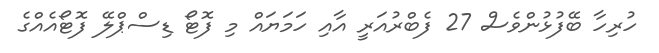
ހުރިހާ ބޭފުޅުންވެސް 27 ފެބްރުއަރީ އާއި ހަމަޔައް މި ފޮޓޯ ޑިސްޕްލޭ ފޮޓޯއެއްގެ